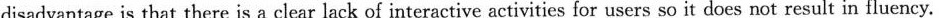
disadvantage is that there is a clear lack of interactive activities for users so it does not result in fluency.